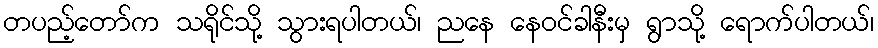
တပည့်တော်က သရိုင်သို့ သွားရပါတယ်၊ ညနေ နေဝင်ခါနီးမှ ရွာသို့ ရောက်ပါတယ်၊